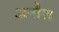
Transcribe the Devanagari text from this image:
अनौश